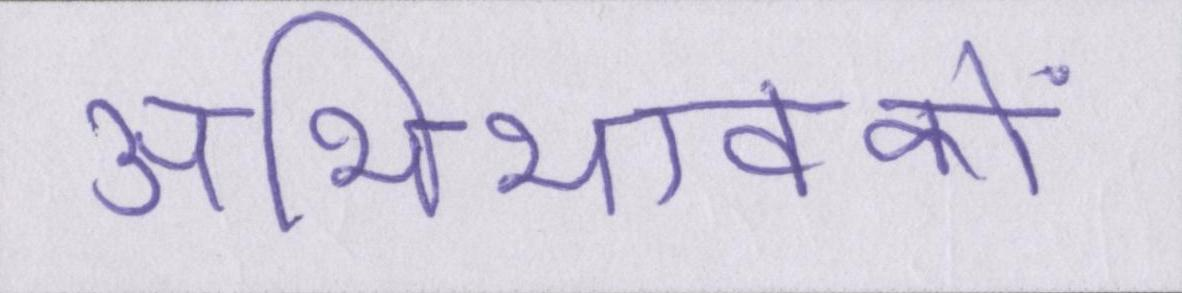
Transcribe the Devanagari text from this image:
अभिभावकों